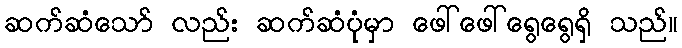
ဆက်ဆံသော် လည်း ဆက်ဆံပုံမှာ ဖေါ်ဖေါ်ရွေရွေရှိ သည်။